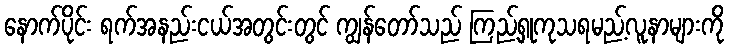
နောက်ပိုင်း ရက်အနည်းငယ်အတွင်းတွင် ကျွန်တော်သည် ကြည့်ရှုကုသရမည့်လူနာများကို